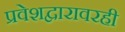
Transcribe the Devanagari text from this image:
प्रवेशद्वारावरही